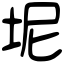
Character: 坭